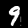
Label: 9